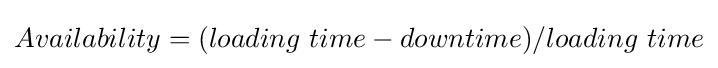
Availability=(loading\ time-downtime)/loading\ time